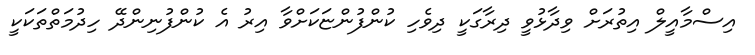
އިސްމާއީލް އިތުރަށް ވިދާޅުވީ ދިރާގަކީ ދިވެހި ކުންފުންޏަކަށްވާ އިރު އެ ކުންފުނިންދޭ ހިދުމަތްތަކަކީ